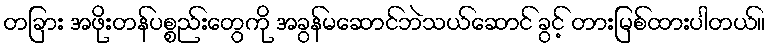
တခြား အဖိုးတန်ပစ္စည်းတွေကို အခွန်မဆောင်ဘဲသယ်ဆောင် ခွင့် တားမြစ်ထားပါတယ်။